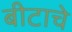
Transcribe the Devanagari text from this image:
बीटाचे